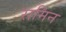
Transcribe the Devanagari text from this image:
रामिन